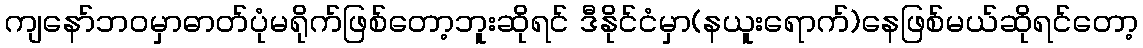
ကျနော်ဘဝမှာဓာတ်ပုံမရိုက်ဖြစ်တော့ဘူးဆိုရင် ဒီနိုင်ငံမှာ(နယူးရောက်)နေဖြစ်မယ်ဆိုရင်တော့